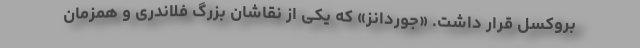
بروکسل قرار داشت. «جوردانز» که یکی از نقاشان بزرگ فلاندری و همزمان